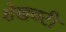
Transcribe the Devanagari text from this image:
शेखवटी